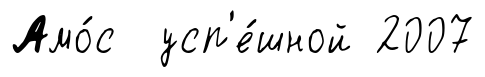
Амо́с усп'е́шной 2007